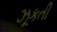
ઝૂકતી